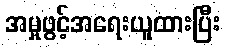
အမှုဖွင့်အရေးယူထားပြီး